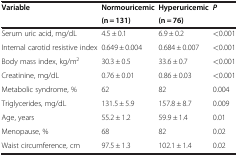
<table><thead><tr><td rowspan="2"><b>Variable</b></td><td><b>Normouricemic(n = 131)</b></td><td><b>Hyperuricemic(n = 76)</b></td><td rowspan="2"><b><i>P</i></b></td></tr></thead><tbody><tr><td>Serum uric acid, mg/dL</td><td>4.5 ± 0.1</td><td>6.9 ± 0.2</td><td>&lt;0.001</td></tr><tr><td>Internal carotid resistive index</td><td>0.649 ± 0.004</td><td>0.684 ± 0.007</td><td>&lt;0.001</td></tr><tr><td>Body mass index, kg/m<sup>2</sup></td><td>30.3 ± 0.5</td><td>33.6 ± 0.7</td><td>&lt;0.001</td></tr><tr><td>Creatinine, mg/dL</td><td>0.76 ± 0.01</td><td>0.86 ± 0.03</td><td>&lt;0.001</td></tr><tr><td>Metabolic syndrome, %</td><td>62</td><td>82</td><td>0.004</td></tr><tr><td>Triglycerides, mg/dL</td><td>131.5 ± 5.9</td><td>157.8 ± 8.7</td><td>0.009</td></tr><tr><td>Age, years</td><td>55.2 ± 1.2</td><td>59.9 ± 1.4</td><td>0.01</td></tr><tr><td>Menopause, %</td><td>68</td><td>82</td><td>0.02</td></tr><tr><td>Waist circumference, cm</td><td>97.5 ± 1.3</td><td>102.1 ± 1.4</td><td>0.02</td></tr></tbody></table>